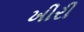
ખીરી